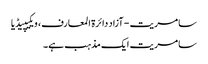
سامریت - آزاد دائرۃ المعارف، ویکیپیڈیا
سامریت ایک مذہب ہے۔